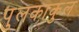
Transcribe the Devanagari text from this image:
पुलकाकुल